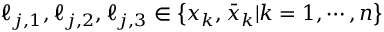
\ell _ { j , 1 } , \ell _ { j , 2 } , \ell _ { j , 3 } \in \left\{ x _ { k } , \bar { x } _ { k } | k = 1 , \cdots , n \right\}